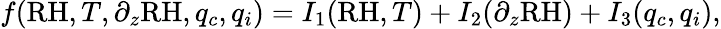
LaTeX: f(\mathrm{RH},T,\partial_{z}\mathrm{RH},q_{c},q_{i})=I_{1}(\mathrm{RH},T)+I_{2}(\partial_{z}\mathrm{RH})+I_{3}(q_{c},q_{i}),